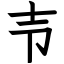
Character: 壭